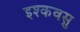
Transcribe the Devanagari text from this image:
इश्कवसु